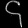
Digit: ၄